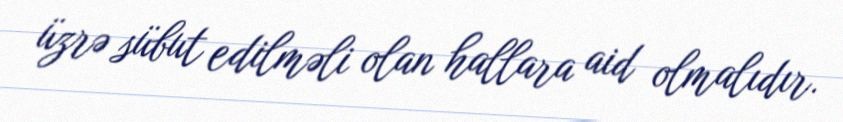
üzrə sübut edilməli olan hallara aid olmalıdır.